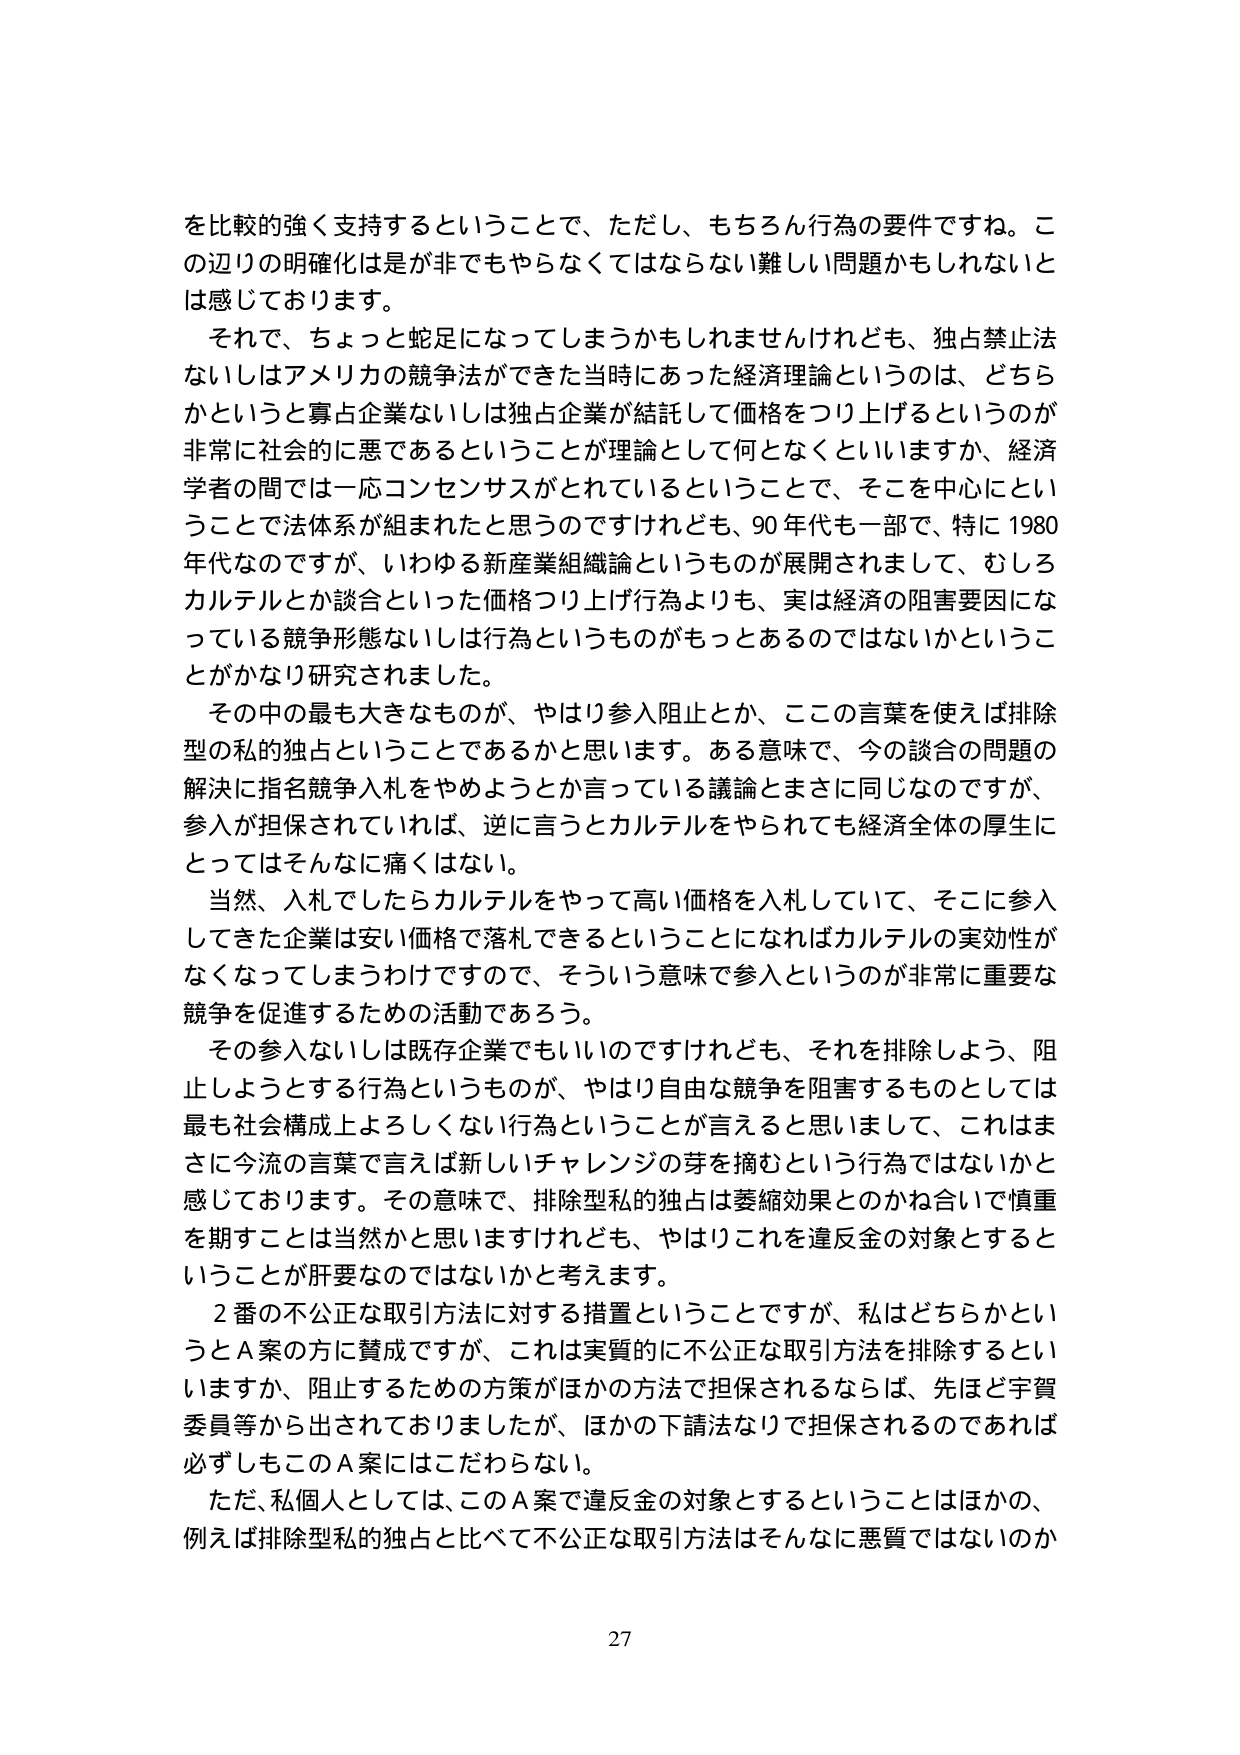
を比較的強く支持するということで、ただし、もちろん行為の要件ですね。この辺りの明確化は是が非でもやらなくてはならない難しい問題かもしれないとは感じております。

それで、ちょっと蛇足になってしまうかもしれませんが、独占禁止法ないしはアメリカの競争法ができた当時にあった経済理論というのは、どちらかというと寡占企業ないしは独占企業が結託して価格をつり上げるというのが非常に社会的に悪であるということが理論として何となくといいますか、経済学者の間では一応コンセンサスがとれているということで、そこを中心ということで法体系が組まれたと思うのですけれども、90年代も一部で、特に1980年代なのですが、いわゆる新産業組織論というものが展開されまして、むしろカルテルとか談合といった価格つり上げ行為よりも、実は経済の阻害要因になっている競争形態ないしは行為というものがもっとあるのではないかということがかなり研究されました。

その中の最も大きなものが、やはり参入阻止とか、この言葉を使えば排除型の私的独占ということであるかと思います。ある意味で、今の談合の問題の解決に指名競争入札をやめようとか言っている議論とまさに同じなのですが、参入が担保されていれば、逆に言うとカルテルをやられても経済全体の厚生にとってはそんなに痛くはない。

当然、入札でしたらカルテルをやって高い価格を入札していて、そこに参入してきた企業は安い価格で落札できるということになればカルテルの実効性がなくなってしまうわけですので、そういう意味で参入というのが非常に重要な競争を促進するための活動であろう。

その参入ないしは既存企業でもいいのですけれども、それを排除しよう、阻止しようとする行為というものが、やはり自由な競争を阻害するものとしては最も社会構成上よろしくない行為ということが言えると思いまして、これはまさに今流の言葉で言えば新しいチャレンジの芽を摘むという行為ではないかと感じております。その意味で、排除型私的独占は萎縮効果とのかね合いで慎重を期すことは当然かと思いますけれども、やはりこれを違反金の対象とすることが肝要なのではないかと考えます。

2番の不公正な取引方法に対する措置ということですが、私はどちらかというとA案の方に賛成ですが、これは実質的に不公正な取引方法を排除するといいますか、阻止するための方策がほかの方法で担保されるならば、先ほど宇賀委員等から出されておりましたが、ほかの下請法なりで担保されるのであれば必ずしもこのA案にはこだわらない。

ただ、私個人としては、このA案で違反金の対象とすることはほかの、例えば排除型私的独占と比べて不公正な取引方法はそんなに悪質ではないのか

27